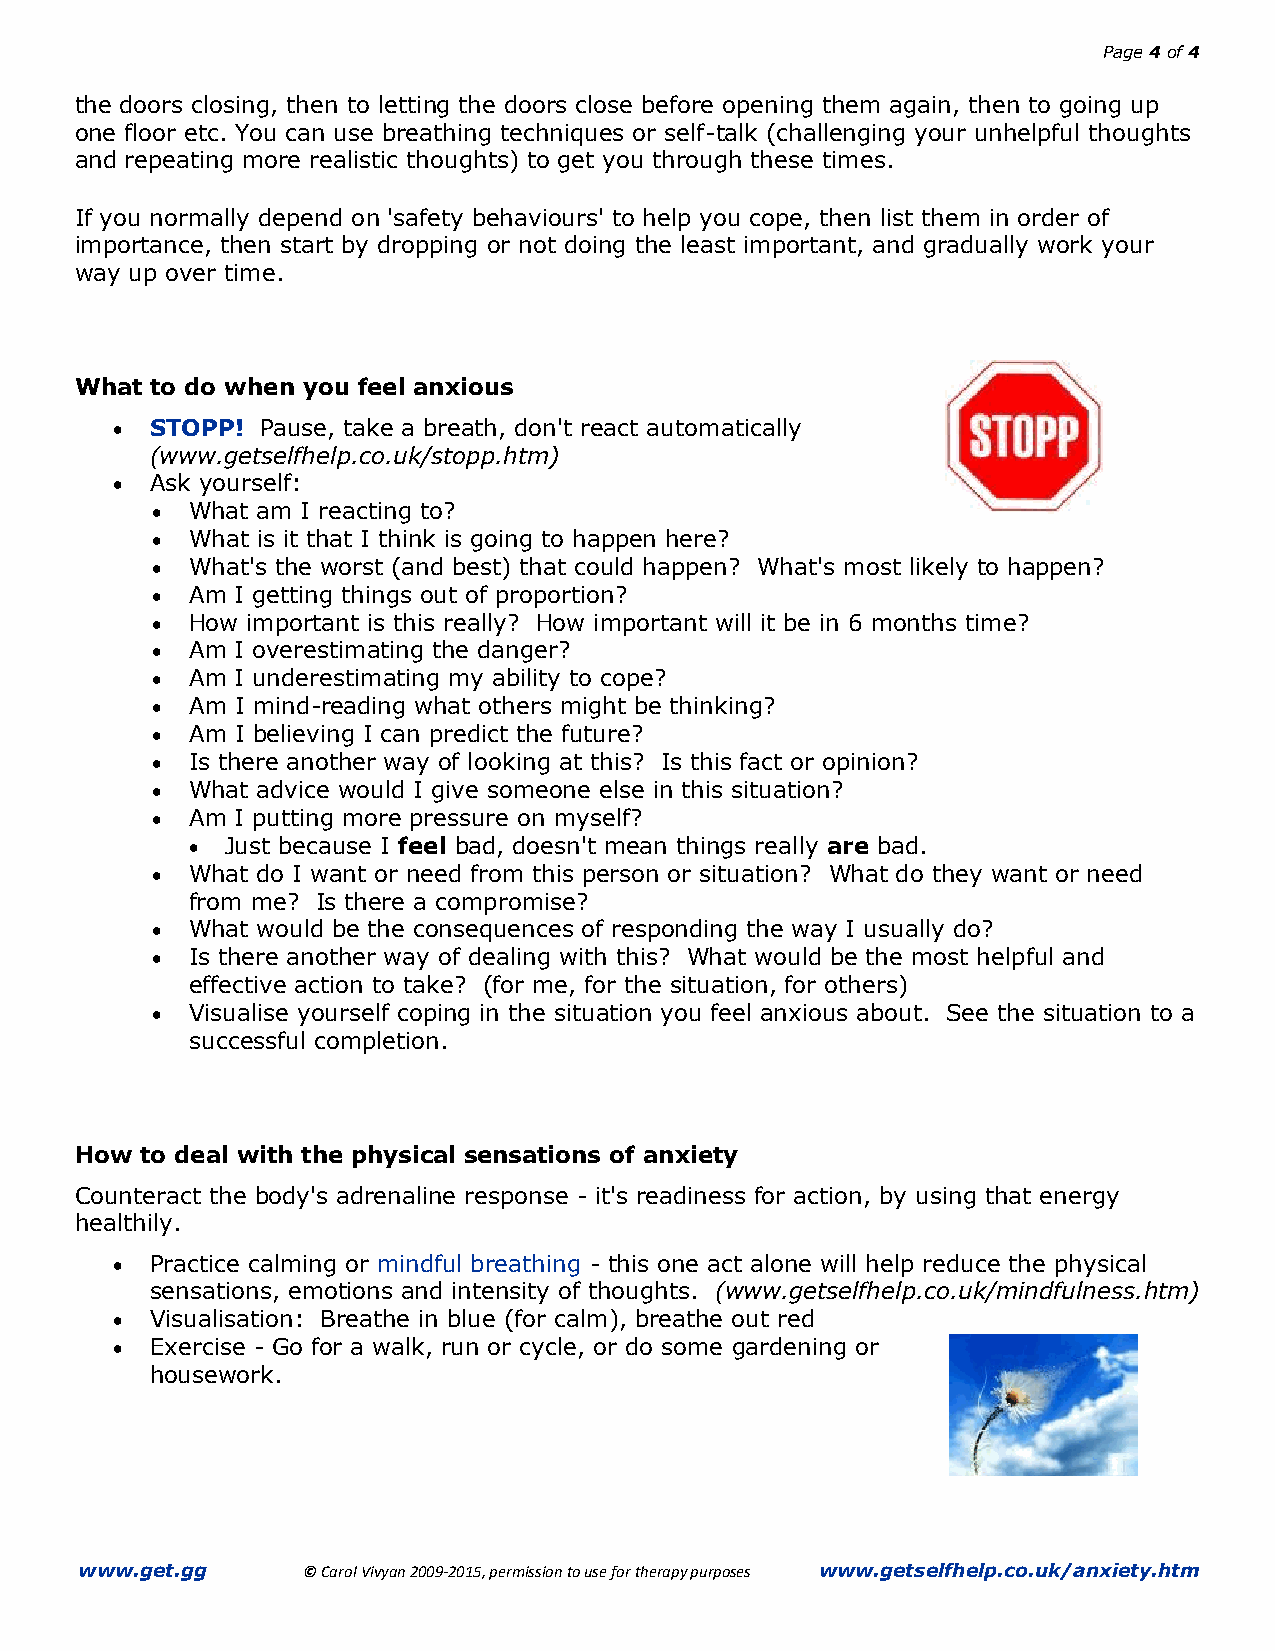
Page 4 of 4
 the doors closing, then to letting the doors close before opening them again, then to going up
 one floor etc. You can use breathing techniques or self-talk (challenging your unhelpful thoughts
 and repeating more realistic thoughts) to get you through these times.
 If you normally depend on 'safety behaviours' to help you cope, then list them in order of
 importance, then start by dropping or not doing the least important, and gradually work your
 way up over time.
 What to do when you feel anxious
   STOPP! Pause, take a breath, don't react automatically
 (www.getselfhelp.co.uk/stopp.htm)
   Ask yourself:
   What am I reacting to?
   What is it that I think is going to happen here?
   What's the worst (and best) that could happen? What's most likely to happen?
   Am I getting things out of proportion?
   How important is this really? How important will it be in 6 months time?
   Am I overestimating the danger?
   Am I underestimating my ability to cope?
   Am I mind-reading what others might be thinking?
   Am I believing I can predict the future?
   Is there another way of looking at this? Is this fact or opinion?
   What advice would I give someone else in this situation?
   Am I putting more pressure on myself?
  Just because I feel bad, doesn't mean things really are bad.
   What do I want or need from this person or situation? What do they want or need
 from me? Is there a compromise?
   What would be the consequences of responding the way I usually do?
   Is there another way of dealing with this? What would be the most helpful and
 effective action to take? (for me, for the situation, for others)
   Visualise yourself coping in the situation you feel anxious about. See the situation to a
 successful completion.
 How to deal with the physical sensations of anxiety
 Counteract the body's adrenaline response - it's readiness for action, by using that energy
 healthily.
   Practice calming or mindful breathing - this one act alone will help reduce the physical
 sensations, emotions and intensity of thoughts. (www.getselfhelp.co.uk/mindfulness.htm)
   Visualisation: Breathe in blue (for calm), breathe out red
   Exercise - Go for a walk, run or cycle, or do some gardening or
 housework.
 www.get.gg     © Carol Vivyan 2009-2015, permission to use for therapy purposes www.getselfhelp.co.uk/anxiety.htm